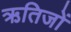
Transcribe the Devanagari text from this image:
ऋतिजों